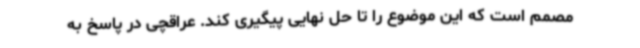
مصمم است که این موضوع را تا حل نهایی پیگیری کند. عراقچی در پاسخ به